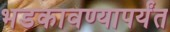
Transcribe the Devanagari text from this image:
भडकावण्यापर्यंत